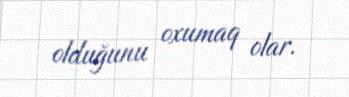
olduğunu oxumaq olar.